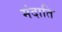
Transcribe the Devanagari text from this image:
मंदाति